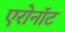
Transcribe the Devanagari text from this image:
एरोनॉट